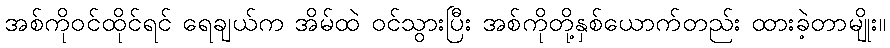
အစ်ကိုဝင်ထိုင်ရင် ရေချယ်က အိမ်ထဲ ဝင်သွားပြီး အစ်ကိုတို့နှစ်ယောက်တည်း ထားခဲ့တာမျိုး။